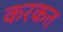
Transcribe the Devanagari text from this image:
करकत